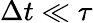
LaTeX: \Delta t\ll\tau